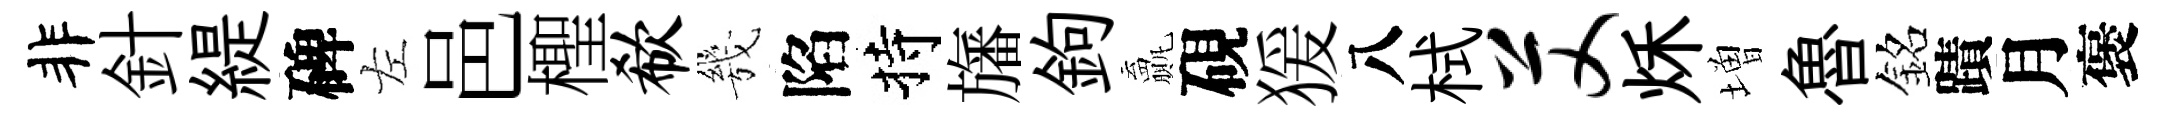
非針緹碑左邑檉欷㡬陷持旛鉤贏硯猨八栻艾秌増魯銘蹟月褒